Report on vaccination in Madras 1895-1903 - 1895-1903
Year: 1895
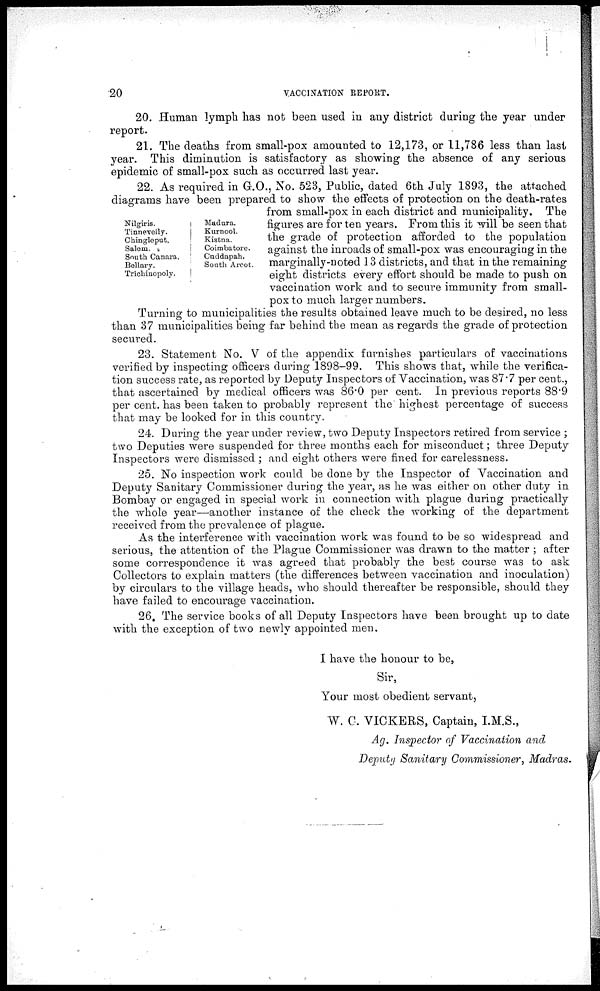
20
VACCINATION REPORT.
20. Human lymph has not been used in any district during the year under
report.
21. The deaths from small-pox amounted to 12,173, or 11,786 less than last
year. This diminution is satisfactory as showing the absence of any serious
epidemic of small-pox such as occurred last year.
Nilgiris.
Tinnevelly.
Chingleput.
Salem.
South Canara.
Bellary.
Trichinopoly.
Madura.
Kurnool.
Kistna.
Coimbatore.
Cuddapah.
South Arcot.
22. As required in G.O., No. 523, Public, dated 6th July 1893, the attached
diagrams have been prepared to show the effects of protection on the death-rates
from small-pox in each district and municipality. The
figures are for ten years. From this it will be seen that
the grade of protection afforded to the population
against the inroads of small-pox was encouraging in the
marginally-noted 13 districts, and that in the remaining
eight districts every effort should be made to push on
vaccination work and to secure immunity from small-
pox to much larger numbers.
Turning to municipalities the results obtained leave much to be desired, no less
than 37 municipalities being far behind the mean as regards the grade of protection
secured.
23. Statement No. V of the appendix furnishes particulars of vaccinations
verified by inspecting officers during 1898-99. This shows that, while the verifica-
tion success rate, as reported by Deputy Inspectors of Vaccination, was 87.7 per cent.,
that ascertained by medical officers was 86.0 per cent. In previous reports 88.9
per cent. has been taken to probably represent the highest percentage of success
that may be looked for in this country.
24. During the year under review, two Deputy Inspectors retired from service ;
two Deputies were suspended for three months each for misconduct; three Deputy
Inspectors were dismissed ; and eight others were fined for carelessness.
25. No inspection work could be done by the Inspector of Vaccination and
Deputy Sanitary Commissioner during the year, as he was either on other duty in
Bombay or engaged in special work in connection with plague during practically
the whole year—another instance of the check the working of the department
received from the prevalence of plague.
As the interference with vaccination work was found to be so widespread and
serious, the attention of the Plague Commissioner was drawn to the matter ; after
some correspondence it was agreed that probably the best course was to ask
Collectors to explain matters (the differences between vaccination and inoculation)
by circulars to the village heads, who should thereafter be responsible, should they
have failed to encourage vaccination.
26. The service books of all Deputy Inspectors have been brought up to date
with the exception of two newly appointed men.
I have the honour to be,
Sir,
Your most obedient servant,
W. C. VICKERS, Captain, I.M.S.,
Ag. Inspector of Vaccination and
Deputy Sanitary Commissioner, Madras.